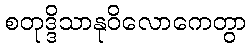
စတုဒ္ဒိသာနုဝိလောကေတွာ